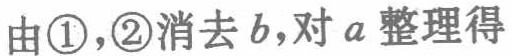
由\textcircled{1},\textcircled{2}消去\(b\)，对\(a\)整理得